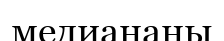
медиананы